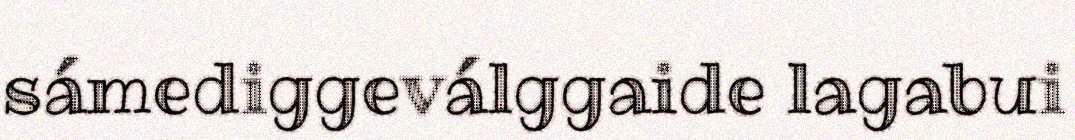
sámediggeválggaide lagabui